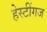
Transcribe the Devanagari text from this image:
हेस्टींगज